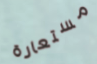
مستعارة